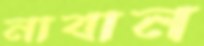
নাবান